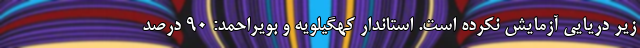
زیر دریایی آزمایش نکرده است. استاندار کهگیلویه و بویراحمد: ۹۰ درصد